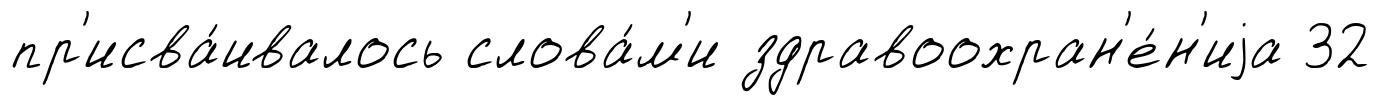
пр'исва́ивалось слова́м'и здравоохран'е́н'иjа 32